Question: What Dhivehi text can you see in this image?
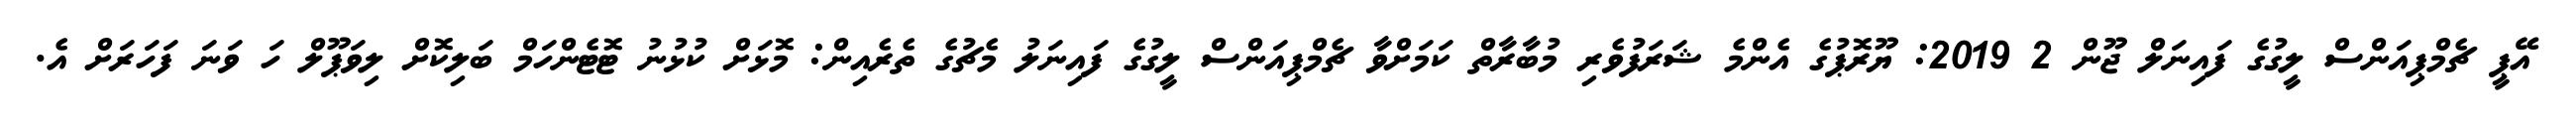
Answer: އޭޕީ ޗެމްޕިއަންސް ލީގުގެ ފައިނަލް ޖޫން 2 2019: ޔޫރޮޕުގެ އެންމެ ޝަރަފުވެރި މުބާރާތް ކަމަށްވާ ޗެމްޕިއަންސް ލީގުގެ ފައިނަލު މެޗުގެ ތެރެއިން: މޮޅަށް ކުޅުނު ޓޮޓެންހަމް ބަލިކޮށް ލިވަޕޫލް ހަ ވަނަ ފަހަރަށް އެ.